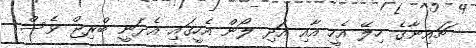
ޗައިނާގެ ހިލޭ އެހީ އާއި އަދި ލޯން އެހީގައި އެދަނީ ބްރިޖް ވެސް